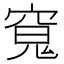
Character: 𭔊